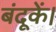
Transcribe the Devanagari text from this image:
बंदूकें।